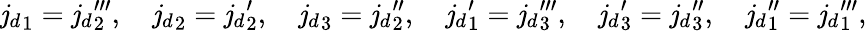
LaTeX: {\mathit{j}_{d}}_{1}={\mathit{j}_{d}}_{2}^{\prime\prime\prime},\quad{\mathit{j}_{d}}_{2}={\mathit{j}_{d}}_{2}^{\prime},\quad{\mathit{j}_{d}}_{3}={\mathit{j}_{d}}_{2}^{\prime\prime},\quad{\mathit{j}_{d}}_{1}^{\prime}={\mathit{j}_{d}}_{3}^{\prime\prime\prime},\quad{\mathit{j}_{d}}_{3}^{\prime}={\mathit{j}_{d}}_{3}^{\prime\prime},\quad{\mathit{j}_{d}}_{1}^{\prime\prime}={\mathit{j}_{d}}_{1}^{\prime\prime\prime},